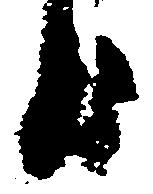
日